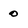
Character: o